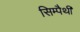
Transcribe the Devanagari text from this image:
सिम्पैथी